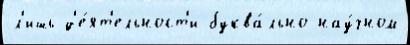
л'ишь д'е́ят'ельност'и буква́льно нау́чном